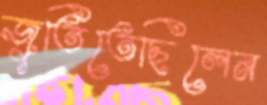
জুতিতেছিলেন